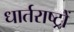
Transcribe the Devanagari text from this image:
धार्तराष्ट्रों